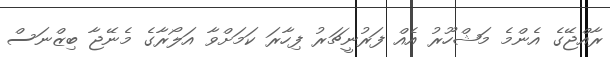
ރާއްޖޭގެ އެންމެ މަޝްހޫރު އެއް ފަރުނީޗަރު ފިހާރަ ކަމަށްވާ އަލޯރާގެ މެނޭޖާ ބިޒްނަސް